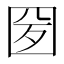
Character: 𡇕